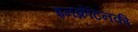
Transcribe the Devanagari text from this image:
इनक्रेटिनकी